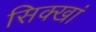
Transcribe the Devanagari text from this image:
सिक्खां